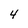
Character: 4